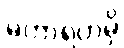
မဟာရဟမှိ